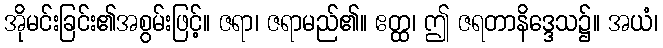
အိုမင်းခြင်း၏အစွမ်းဖြင့်။ ဇရာ၊ ဇရာမည်၏။ ဧတ္ထ၊ ဤ ဇရတာနိဒ္ဒေသ၌။ အယံ၊